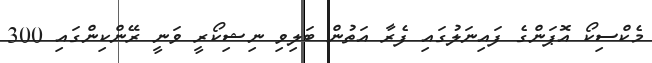
މެކްސިކޯ އޮޕަންގެ ފައިނަލުގައި ފެރާ އަތުން ބަލިވި ނިޝިކޯރީ ވަނީ ރޭންކިންގައި 300